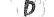
D